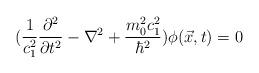
LaTeX: \begin{align*}(\frac{1}{c_{1}^{2}}\frac{\partial^2}{\partial t^{2}}-\nabla^{2}+\frac{m_{0}^{2}c_{1}^2}{\hbar^2})\phi(\vec{x},t)=0\end{align*}